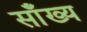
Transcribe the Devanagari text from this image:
साँख्य